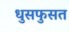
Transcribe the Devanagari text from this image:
धुसफुसत